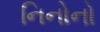
નિનોનો